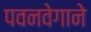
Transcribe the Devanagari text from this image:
पवनवेगाने